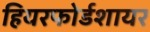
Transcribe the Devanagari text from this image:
हियरफोर्डशायर